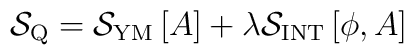
{\mathcal S}_{\mbox{\scriptsize Q}}={\mathcal S}_{\mbox{\scriptsize YM}}\left[A\right]+\lambda{\mathcal S}_{\mbox{\scriptsize INT}}\left[\phi,A\right]